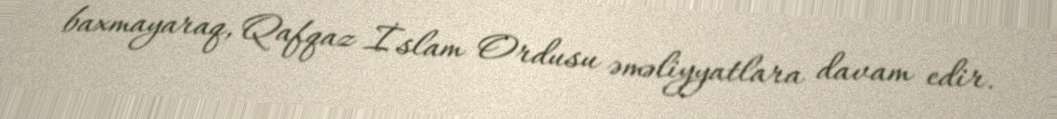
baxmayaraq, Qafqaz İslam Ordusu əməliyyatlara davam edir.